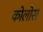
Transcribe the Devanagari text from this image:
कोलोस